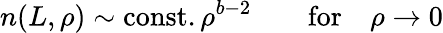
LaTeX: n(L,\rho)\sim\mathrm{const.}\, \rho^{b-2}\qquad\mathrm{for}\quad\rho\rightarrow 0